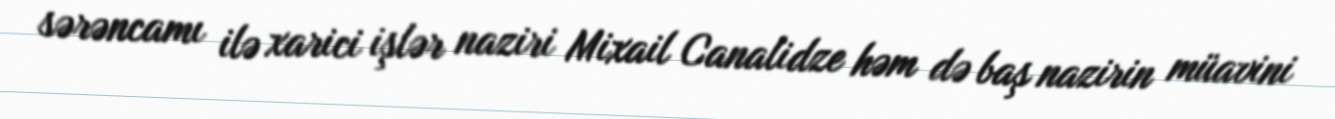
sərəncamı ilə xarici işlər naziri Mixail Canalidze həm də baş nazirin müavini